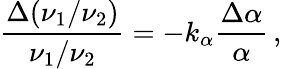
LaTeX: \frac{\Delta(\nu_{1}/\nu_{2})}{\nu_{1}/\nu_{2}}=-k_{\alpha}\frac{\Delta\alpha}{\alpha}\, \textrm{,}